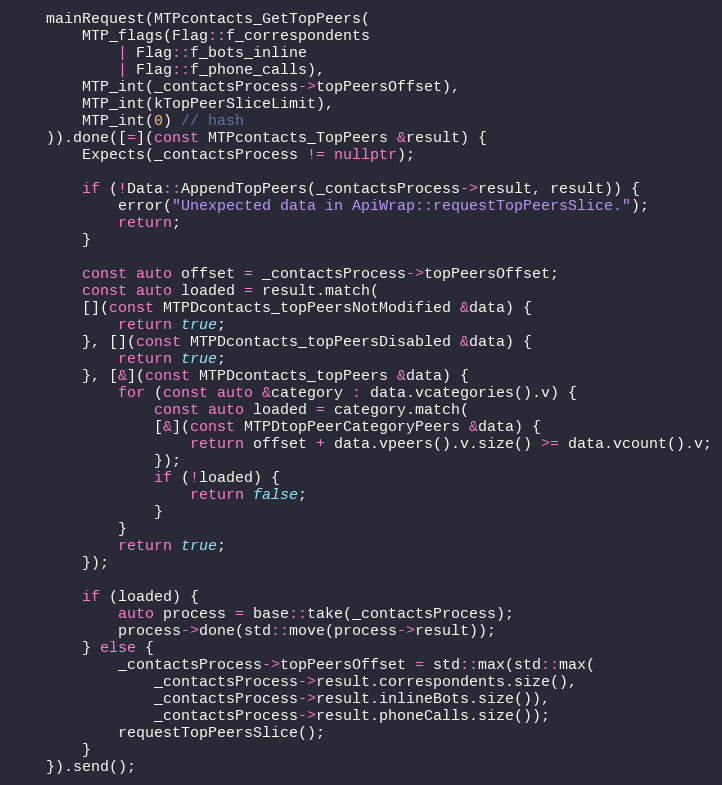
Language: C++
	mainRequest(MTPcontacts_GetTopPeers(
		MTP_flags(Flag::f_correspondents
			| Flag::f_bots_inline
			| Flag::f_phone_calls),
		MTP_int(_contactsProcess->topPeersOffset),
		MTP_int(kTopPeerSliceLimit),
		MTP_int(0) // hash
	)).done([=](const MTPcontacts_TopPeers &result) {
		Expects(_contactsProcess != nullptr);

		if (!Data::AppendTopPeers(_contactsProcess->result, result)) {
			error("Unexpected data in ApiWrap::requestTopPeersSlice.");
			return;
		}

		const auto offset = _contactsProcess->topPeersOffset;
		const auto loaded = result.match(
		[](const MTPDcontacts_topPeersNotModified &data) {
			return true;
		}, [](const MTPDcontacts_topPeersDisabled &data) {
			return true;
		}, [&](const MTPDcontacts_topPeers &data) {
			for (const auto &category : data.vcategories().v) {
				const auto loaded = category.match(
				[&](const MTPDtopPeerCategoryPeers &data) {
					return offset + data.vpeers().v.size() >= data.vcount().v;
				});
				if (!loaded) {
					return false;
				}
			}
			return true;
		});

		if (loaded) {
			auto process = base::take(_contactsProcess);
			process->done(std::move(process->result));
		} else {
			_contactsProcess->topPeersOffset = std::max(std::max(
				_contactsProcess->result.correspondents.size(),
				_contactsProcess->result.inlineBots.size()),
				_contactsProcess->result.phoneCalls.size());
			requestTopPeersSlice();
		}
	}).send();